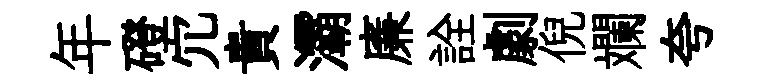
年磴宂貴灞廉詮劇倪斕夸